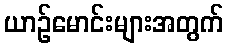
ယာဉ်မောင်းများအတွက်